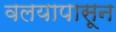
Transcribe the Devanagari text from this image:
वलयापासून